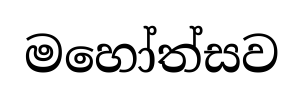
මහෝත්සව